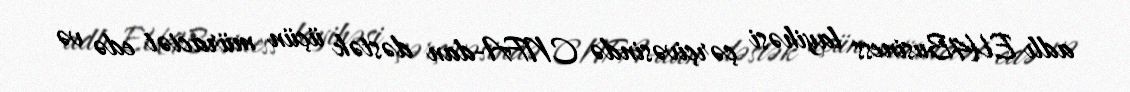
adlı EU4Business layihəsi çərçivəsində CNFA-dan dəstək üçün müraciət edə və